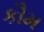
કૌમ